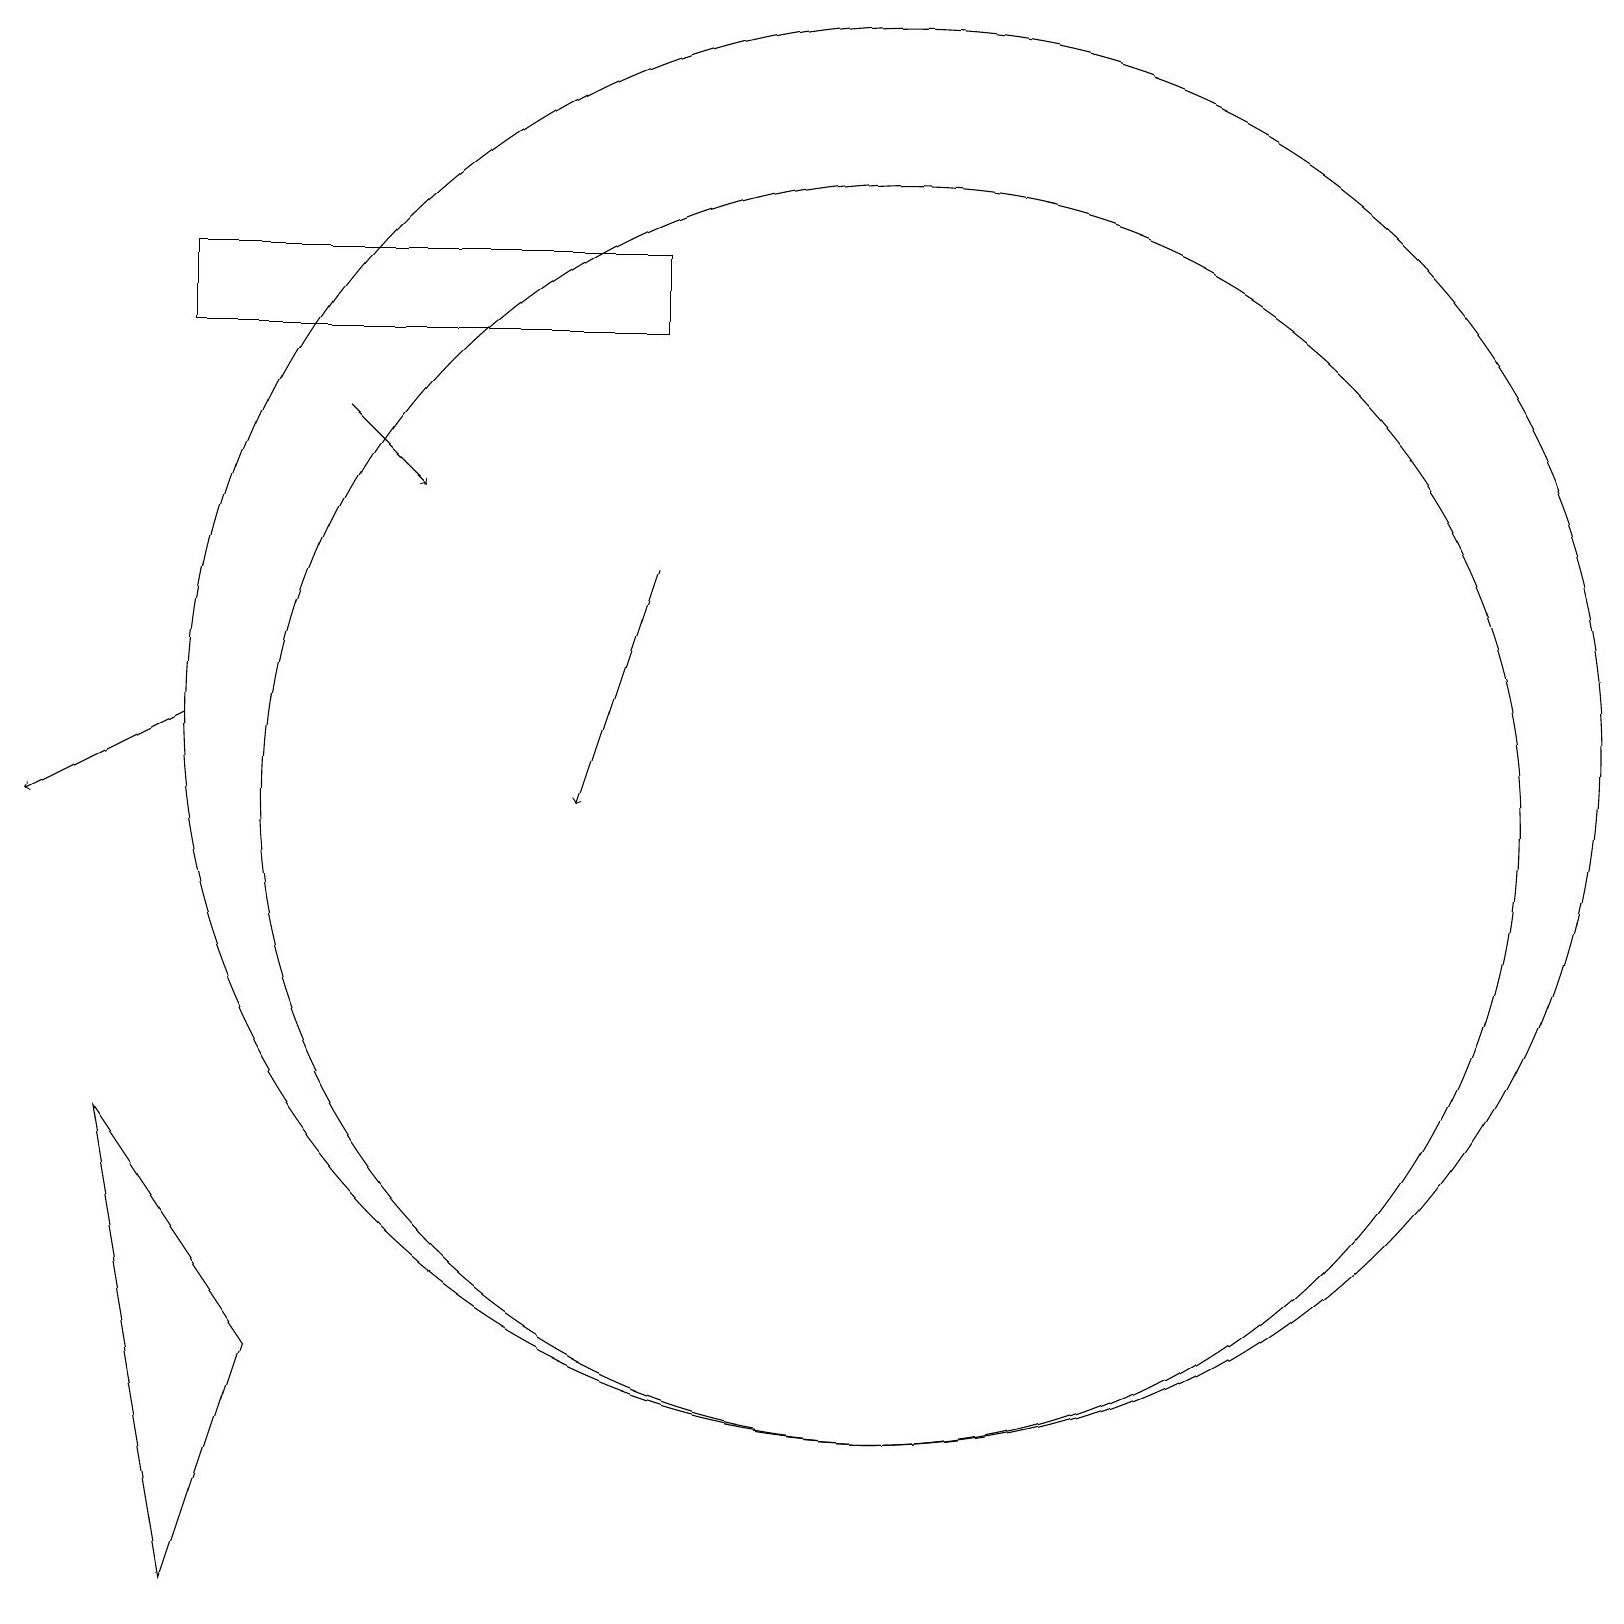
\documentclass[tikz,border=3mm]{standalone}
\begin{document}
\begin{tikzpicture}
\draw[->] (4,16) -- (5,15);
\draw (11,11) circle (8);
\draw (11,12) circle (9);
\draw[->] (8,14) -- (7,11);
\draw (2,18) rectangle (8,17);
\draw[->] (2,12) -- (0,11);
\draw (2,1) -- (3,4) -- (1,7) -- cycle;
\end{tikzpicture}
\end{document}